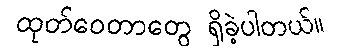
ထုတ်ဝေတာတွေ ရှိခဲ့ပါတယ်။